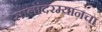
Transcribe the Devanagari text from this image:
सालांदरम्यानचा